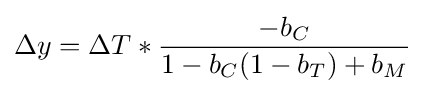
\Delta y=\Delta T*{\frac {-b_{C}}{1-b_{C}(1-b_{T})+b_{M}}}